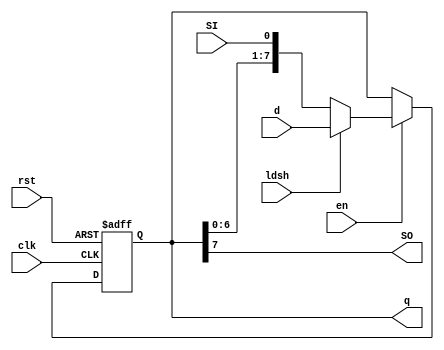
// Written on: 9 May 2022 (Mon)
// Title: module shiftLregN, N-bit left shift register, where N = 8 (Book 1 pg. 94)

module shiftLregN #(parameter N = 8) (
	input [N-1:0] d,
	input clk, rst, en, ldsh, SI, // SI = Shift In
	output SO,							// SO = Shift Out
	output reg [N-1:0] q
);

	always @ (negedge rst, posedge clk)
	begin
		if (rst == 0)
			q <= 0;
		else if (en)
			if (ldsh) q <= d;
			else q <= { q[N-2:0], SI}; // Shift left 1 bit
		else q <= q;
	end
	
	assign SO = q[N-1]; // store q's MSB as SO

endmodule